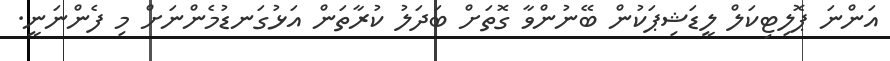
އަންނަ ޕޮލިޓިކަލް ލީޑަޝިޕަކުން ބޭނުންވާ ގޮތަށް ބަދަލު ކުރާތަން އަޅުގަނޑުމެންނަށް މި ފެންނަނީ.